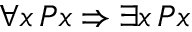
\forall x \, P x \Rightarrow \exists x \, P x